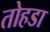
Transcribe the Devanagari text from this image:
तोहडा